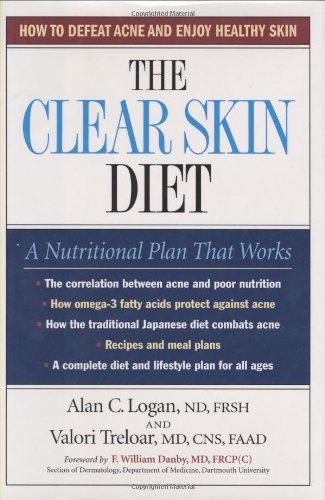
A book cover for The Clear Skin Diet; Alan C. Logan; Health, Fitness & Dieting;